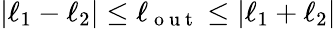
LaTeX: |\ell_{1}-\ell_{2}|\leq\ell_{\mathrm{~o~u~t~}}\leq|\ell_{1}+\ell_{2}|